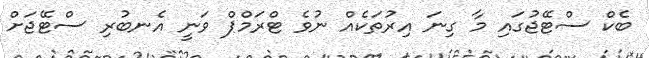
ބެކް ސްޓޭޖުގައި މާ ގިނަ އިރުތަކެއް ނުވެ ޓްރަމްޕް ވަނީ އެނބުރި ސްޓޭޖަށް